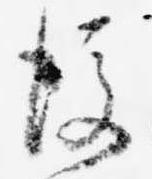
後